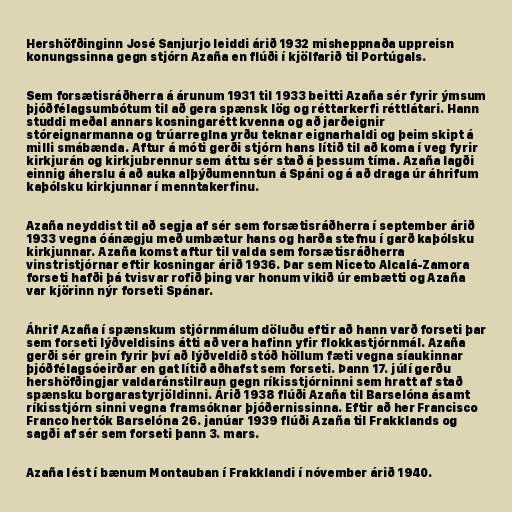
Hershöfðinginn José Sanjurjo leiddi árið 1932 misheppnaða uppreisn
konungssinna gegn stjórn Azaña en flúði í kjölfarið til Portúgals.

Sem forsætisráðherra á árunum 1931 til 1933 beitti Azaña sér fyrir ýmsum
þjóðfélagsumbótum til að gera spænsk lög og réttarkerfi réttlátari. Hann
studdi meðal annars kosningarétt kvenna og að jarðeignir
stóreignarmanna og trúarreglna yrðu teknar eignarhaldi og þeim skipt á
milli smábænda. Aftur á móti gerði stjórn hans lítið til að koma í veg fyrir
kirkjurán og kirkjubrennur sem áttu sér stað á þessum tíma. Azaña lagði
einnig áherslu á að auka alþýðumenntun á Spáni og á að draga úr áhrifum
kaþólsku kirkjunnar í menntakerfinu.

Azaña neyddist til að segja af sér sem forsætisráðherra í september árið
1933 vegna óánægju með umbætur hans og harða stefnu í garð kaþólsku
kirkjunnar. Azaña komst aftur til valda sem forsætisráðherra
vinstristjórnar eftir kosningar árið 1936. Þar sem Niceto Alcalá-Zamora
forseti hafði þá tvisvar rofið þing var honum vikið úr embætti og Azaña
var kjörinn nýr forseti Spánar.

Áhrif Azaña í spænskum stjórnmálum döluðu eftir að hann varð forseti þar
sem forseti lýðveldisins átti að vera hafinn yfir flokkastjórnmál. Azaña
gerði sér grein fyrir því að lýðveldið stóð höllum fæti vegna síaukinnar
þjóðfélagsóeirðar en gat lítið aðhafst sem forseti. Þann 17. júlí gerðu
hershöfðingjar valdaránstilraun gegn ríkisstjórninni sem hratt af stað
spænsku borgarastyrjöldinni. Árið 1938 flúði Azaña til Barselóna ásamt
ríkisstjórn sinni vegna framsóknar þjóðernissinna. Eftir að her Francisco
Franco hertók Barselóna 26. janúar 1939 flúði Azaña til Frakklands og
sagði af sér sem forseti þann 3. mars.

Azaña lést í bænum Montauban í Frakklandi í nóvember árið 1940.